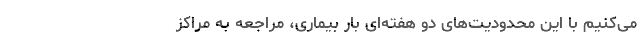
می‌کنیم با این محدودیت‌های دو هفته‌ای بار بیماری، مراجعه به مراکز